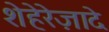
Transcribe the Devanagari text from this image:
शेहेरेज़ादे